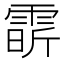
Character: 𩃟